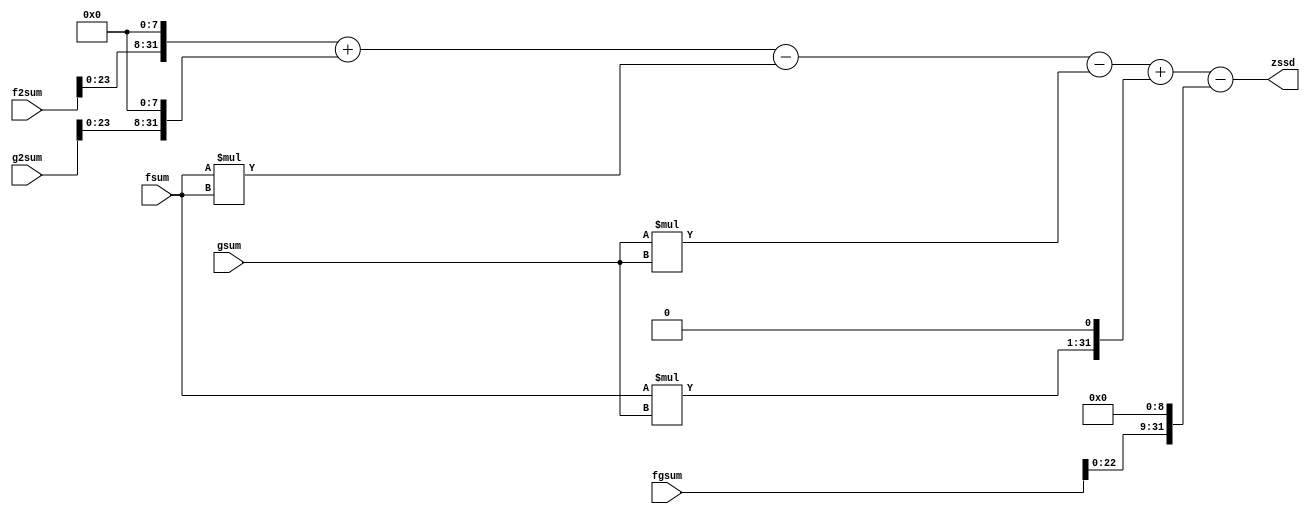
module calc_serial_formula(fsum, f2sum, gsum, g2sum, fgsum, zssd);
input [31:0] fsum;
input [31:0] f2sum;
input [31:0] gsum;
input [31:0] g2sum;
input [31:0] fgsum;
output wire [31:0] zssd;

// assign zssd = ( ( (f2sum << 8) + (g2sum << 8) - fsum * fsum - gsum * gsum - fsum * gsum + (fgsum << 8) ) >> 8 );
assign zssd = (f2sum << 8) + (g2sum << 8) - fsum * fsum - gsum * gsum + ( (fsum * gsum) << 1 ) - (fgsum << 9);

endmodule